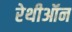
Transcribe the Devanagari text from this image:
रेथीऑन